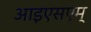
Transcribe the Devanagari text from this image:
आइएसएम्